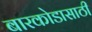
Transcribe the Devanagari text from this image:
बारकोडासाठी